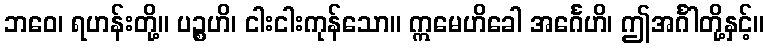
ဘဝေ၊ ရဟန်းတို့။ ပဉ္စဟိ၊ ငါးငါးကုန်သော။ ဣမေဟိခေါ အင်္ဂေဟိ၊ ဤအင်္ဂါတို့နှင့်။